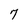
Character: 7